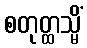
စတုတ္ထသ္မိံ